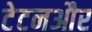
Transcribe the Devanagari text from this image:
टेटनऔर